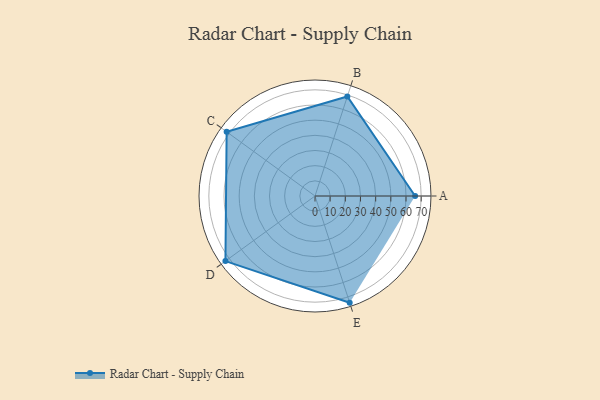
{"axis": {"x": "Skill", "y": "Score"}, "legend": ["Profile"], "data": [{"x": "A", "y": 66.0, "type": "Profile"}, {"x": "B", "y": 69.0, "type": "Profile"}, {"x": "C", "y": 72.0, "type": "Profile"}, {"x": "D", "y": 73.0, "type": "Profile"}, {"x": "E", "y": 74.0, "type": "Profile"}]}